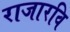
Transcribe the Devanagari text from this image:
राजारवि